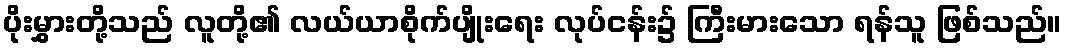
ပိုးမွှားတို့သည် လူတို့၏ လယ်ယာစိုက်ပျိုးရေး လုပ်ငန်း၌ ကြီးမားသော ရန်သူ ဖြစ်သည်။